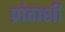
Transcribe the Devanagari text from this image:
प्रांताशी